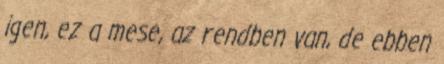
igen, ez a mese, az rendben van, de ebben